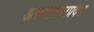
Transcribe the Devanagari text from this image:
अरुणाचलप्रदेश